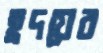
হ্রদয়ের